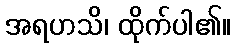
အရဟသိ၊ ထိုက်ပါ၏။